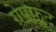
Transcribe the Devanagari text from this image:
ग्रेपफ़्रूट